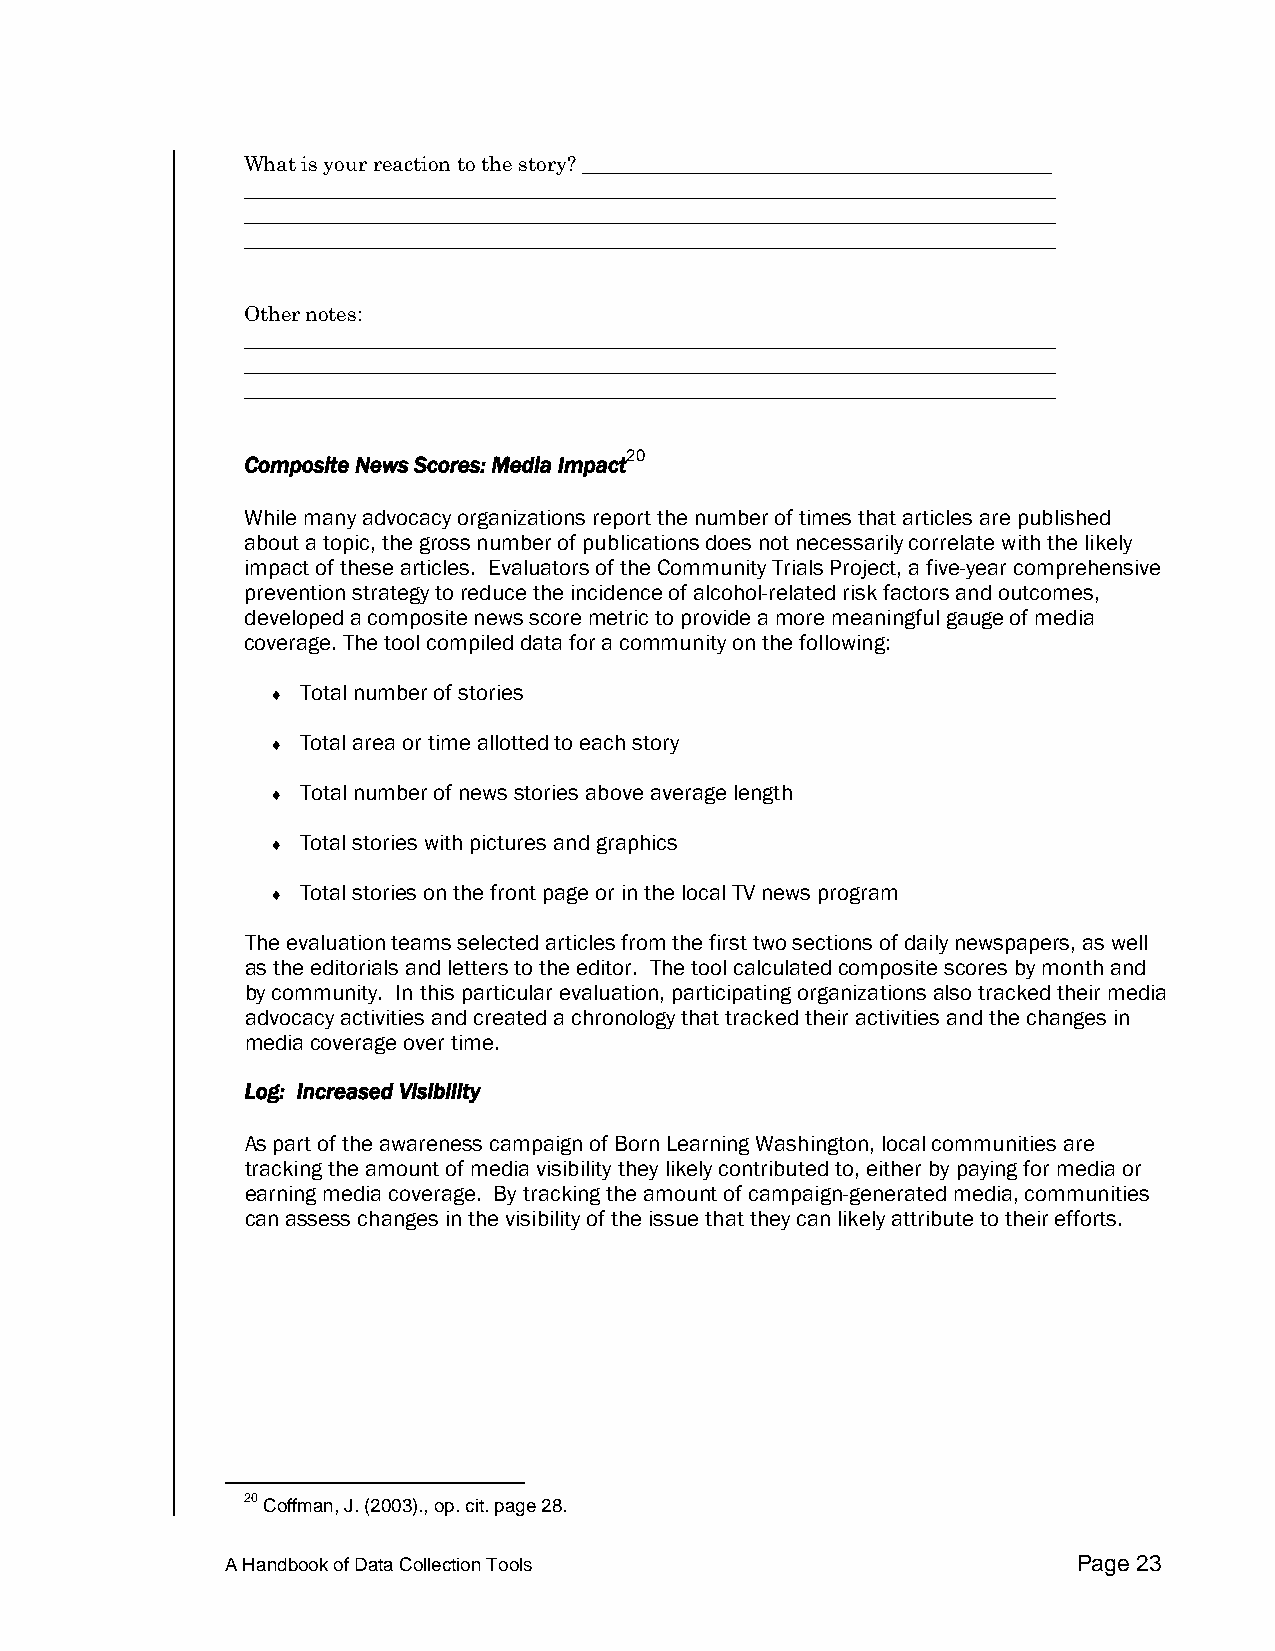
What is your reaction to the story? _____________________________________________
 ______________________________________________________________________________
 ______________________________________________________________________________
 ______________________________________________________________________________
 Other notes:
 ______________________________________________________________________________
 ______________________________________________________________________________
 ______________________________________________________________________________
 20
 Composite News Scores: Media Impact
 While many advocacy organizations report the number of times that articles are published
 about a topic, the gross number of publications does not necessarily correlate with the likely
 impact of these articles. Evaluators of the Community Trials Project, a five-year comprehensive
 prevention strategy to reduce the incidence of alcohol-related risk factors and outcomes,
 developed a composite news score metric to provide a more meaningful gauge of media
 coverage. The tool compiled data for a community on the following:
 ♦ Total number of stories
 ♦ Total area or time allotted to each story
 ♦ Total number of news stories above average length
 ♦ Total stories with pictures and graphics
 ♦ Total stories on the front page or in the local TV news program
 The evaluation teams selected articles from the first two sections of daily newspapers, as well
 as the editorials and letters to the editor. The tool calculated composite scores by month and
 by community. In this particular evaluation, participating organizations also tracked their media
 advocacy activities and created a chronology that tracked their activities and the changes in
 media coverage over time.
 Log: Increased Visibility
 As part of the awareness campaign of Born Learning Washington, local communities are
 tracking the amount of media visibility they likely contributed to, either by paying for media or
 earning media coverage. By tracking the amount of campaign-generated media, communities
 can assess changes in the visibility of the issue that they can likely attribute to their efforts.
 20 Coffman, J. (2003)., op. cit. page 28.
 A Handbook of Data Collection Tools                     Page 23